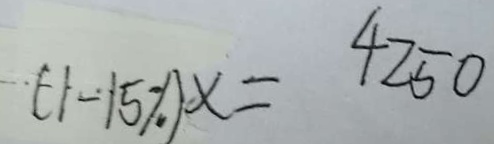
( - 1 - 1 5 \% ) x = 4 2 5 0